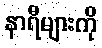
နာရီများကို